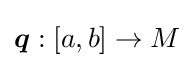
{\boldsymbol {q}}:[a,b]\to M